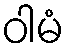
ဝါမံ